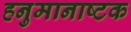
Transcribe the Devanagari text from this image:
हनुमानाष्टक